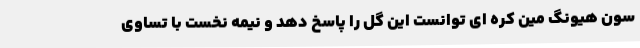
سون هیونگ مین کره ای توانست این گل را پاسخ دهد و نیمه نخست با تساوی